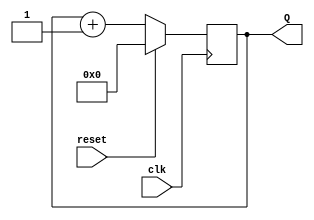
`timescale 1ns / 1ps
//////////////////////////////////////////////////////////////////////////////////
// Company: 
// Engineer: 
// 
// Design Name: 
// Module Name:    bC4 
// Project Name: 
// Target Devices: 
// Tool versions: 
// Description: 
//
// Dependencies: 
//
// Revision: 
// Revision 0.01 - File Created
// Additional Comments: 
//
//////////////////////////////////////////////////////////////////////////////////
module bC4(input clk, input reset, output reg[3:0] Q);
initial Q = 0;
always @(posedge clk)
begin
	if(reset)
		Q <= 0;
	else
		Q <= Q+1;
end

endmodule